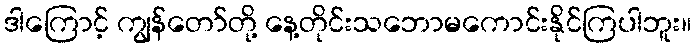
ဒါကြောင့် ကျွန်တော်တို့ နေ့တိုင်းသဘောမကောင်းနိုင်ကြပါဘူး။